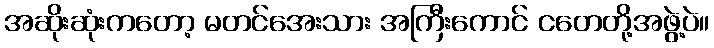
အဆိုးဆုံးကတော့ မတင်အေးသား အကြီးကောင် ငတေတို့အဖွဲ့ပဲ။